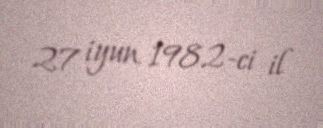
27 iyun 1982-ci il